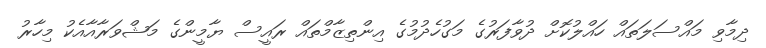
ދިމާވި މައްސަލަތައް ހައްލުކޮށް ދުވާފަރުގެ މަގުހެދުމުގެ އިންތިޒާމްތައް ރައީސް ޔާމީންގެ މަޝްވަރާއާއެކު މިހާރު